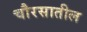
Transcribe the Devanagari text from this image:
चौरसातील